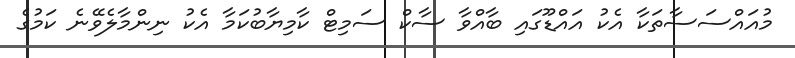
މުއައްސަސާތަކާ އެކު އައްޑޫގައި ބާއްވާ ސާކް ސަމިޓް ކާމިޔާބުކަމާ އެކު ނިންމާލެވޭނެ ކަމުގެ